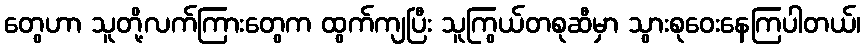
တွေဟာ သူတို့လက်ကြားတွေက ထွက်ကျပြီး သူကြွယ်တစုဆီမှာ သွားစုဝေးနေကြပါတယ်၊